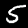
Digit: 5